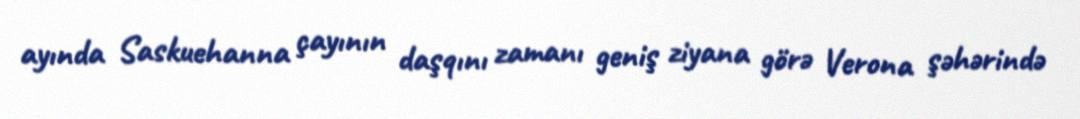
ayında Saskuehanna çayının daşqını zamanı geniş ziyana görə Verona şəhərində